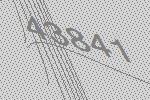
43841